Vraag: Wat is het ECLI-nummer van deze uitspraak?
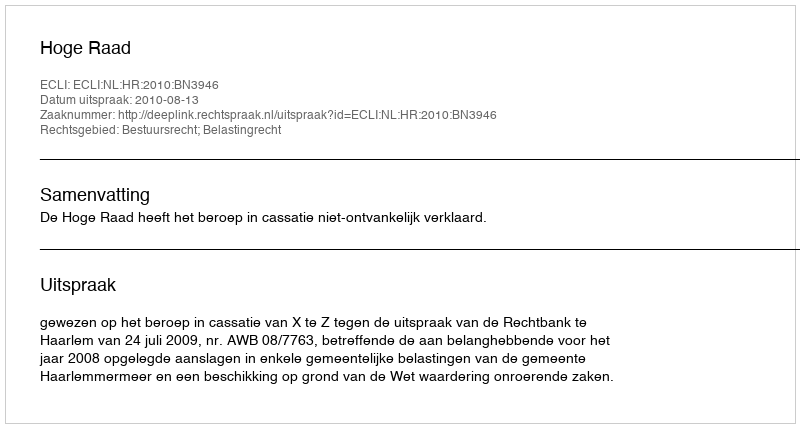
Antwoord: ECLI:NL:HR:2010:BN3946